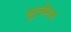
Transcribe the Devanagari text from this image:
सुलेमन